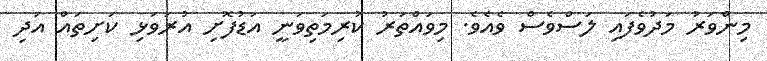
މިންވަރު މަދުވެފައި ލަސްވެސް ވެއެވެ. މިވައްތަރު ކުރިމަތިވަނީ އަޑުފޮށި އުރަވަޅި ކަށިތައް އަދި